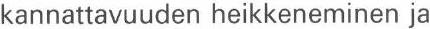
kannattavuuden heikkeneminen ja